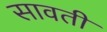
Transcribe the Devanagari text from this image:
सावतीं